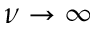
\nu \rightarrow \infty